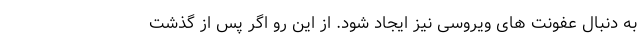
به دنبال عفونت های ویروسی نیز ایجاد شود. از این رو اگر پس از گذشت